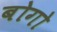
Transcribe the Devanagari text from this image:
बोगो